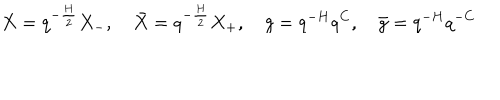
LaTeX: X = q ^ { - { \frac { H } { 2 } } } X _ { - } , \quad \bar { X } = q ^ { - { \frac { H } { 2 } } } X _ { + } , \quad g = q ^ { - H } q ^ { C } , \quad \bar { g } = q ^ { - H } q ^ { { - C } }